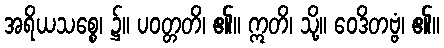
အရိယသစ္စေ၊ ၌။ ပဝတ္တတိ၊ ၏။ ဣတိ၊ သို့။ ဝေဒိတဗ္ဗံ၊ ၏။